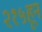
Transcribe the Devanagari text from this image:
२१५हून